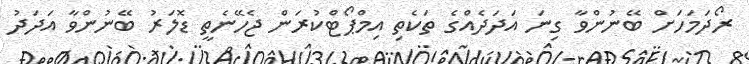
ރޯދަމަހަށް ބޭނުންވާ ގިނަ އަދަދެއްގެ ތަކެތި އިމްޕޯޓްކުރަން ޖެހޭނެތީ ޑޮލަރު ބޭނުންވާ އަދަދު